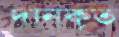
দানকৃত